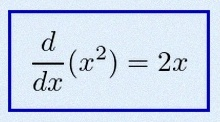
\frac{d}{dx}(x^2)=2x